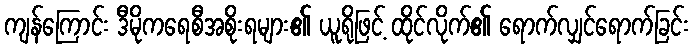
ကျန်ကြောင်း ဒီမိုကရေစီအစိုးရများ၏ ယူရိုဖြင့် ထိုင်လိုက်၏ ရောက်လျှင်ရောက်ခြင်း